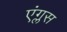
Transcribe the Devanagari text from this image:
एंग्लस